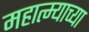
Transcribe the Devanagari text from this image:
महात्म्याच्या